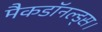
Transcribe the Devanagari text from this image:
मैकडॉनल्ड्स।